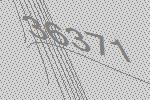
36371